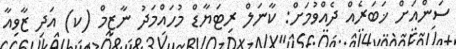
ސަންއަށް ޚަބަރެއް ދެއްވުމަށް: ކާނަލް ރިޓަޔާޑް މުހައްމަދު ނާޒިމް (ކ) އަދި ޒާވިއާ